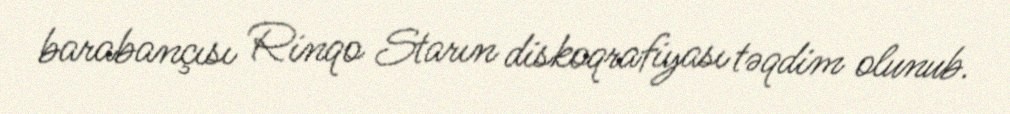
barabançısı Rinqo Starın diskoqrafiyası təqdim olunub.